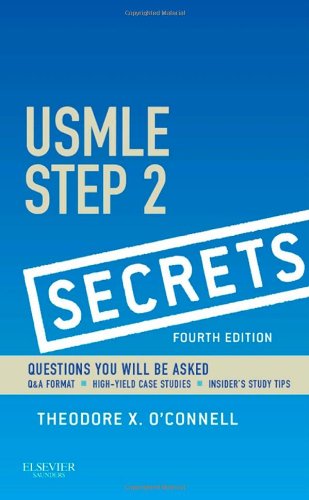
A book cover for USMLE Step 2 Secrets, 4e; Theodore X. O'Connell MD; Test Preparation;